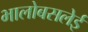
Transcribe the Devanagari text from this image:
भालोबसलेई